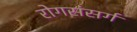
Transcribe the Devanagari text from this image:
रोगसंसर्ग